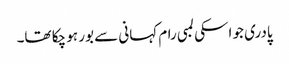
پادری جو اسکی لمبی رام کہانی سے بور ہو چکا تھا۔